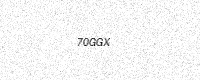
Text: 70GGX